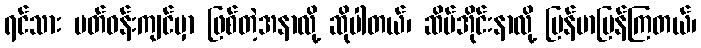
ရင်သား ပတ်ဝန်းကျင်မှာ ဖြစ်တဲ့အနာလို့ ဆိုပါတယ်၊ ဆိပ်အိုင်းနာလို့ မြန်မာပြန်ကြတယ်၊